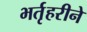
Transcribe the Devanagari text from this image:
भर्तृहरीने